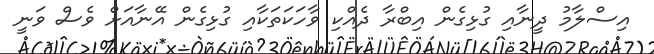
އިސްލާމު ދީނާއި ގުޅިގެން އިބްރާ ދެއްކި ވާހަކަތަކާއި ގުޅިގެން އޭނާއަށް ވެސް ވަނީ